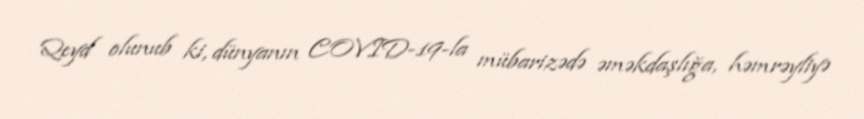
Qeyd olunub ki, dünyanın COVID-19-la mübarizədə əməkdaşlığa, həmrəyliyə